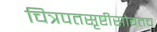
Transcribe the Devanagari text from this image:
चित्रपतसृष्टीसोबतच